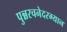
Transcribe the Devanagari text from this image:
पुन्नरचनेदरम्यान